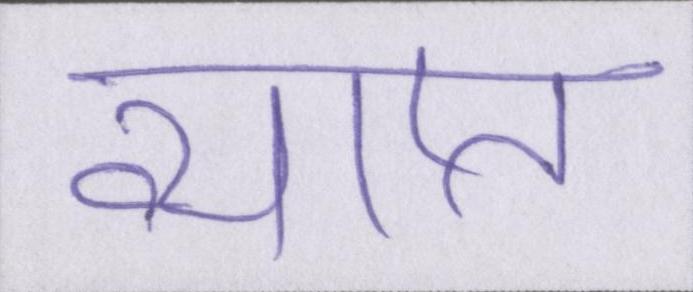
व्याप्त